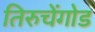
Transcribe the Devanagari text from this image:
तिरुचेंगोड